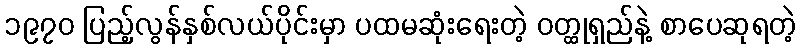
၁၉၇၀ ပြည့်လွန်နှစ်လယ်ပိုင်းမှာ ပထမဆုံးရေးတဲ့ ဝတ္ထုရှည်နဲ့ စာပေဆုရတဲ့